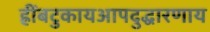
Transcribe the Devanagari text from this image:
ह्रींबटुकायआपदुद्धारणाय